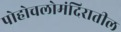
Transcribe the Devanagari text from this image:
पोहोचलोमंदिरातील